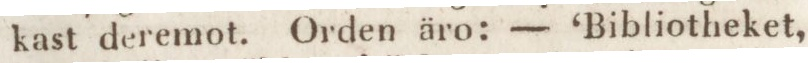
kast deremot. Orden äro: — ‘Bibliotheket,